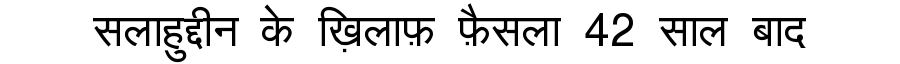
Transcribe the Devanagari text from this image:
सलाहुद्दीन के ख़िलाफ़ फ़ैसला 42 साल बाद